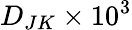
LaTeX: D_{JK}\times 10^{3}